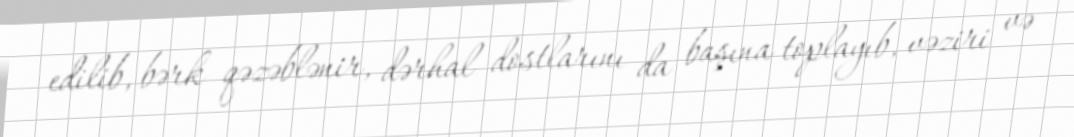
edilib, bərk qəzəblənir, dərhal dostlarını da başına toplayıb, vəziri və